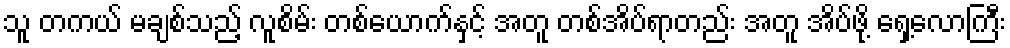
သူ တကယ် မချစ်သည့် လူစိမ်း တစ်ယောက်နှင့် အတူ တစ်အိပ်ရာတည်း အတူ အိပ်ဖို့ ရှေ့လောကြီး